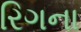
રિગના